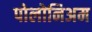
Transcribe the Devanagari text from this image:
पोलोनिअम